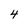
Character: 4